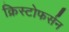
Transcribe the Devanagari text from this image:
क्रिस्टोफर्सन